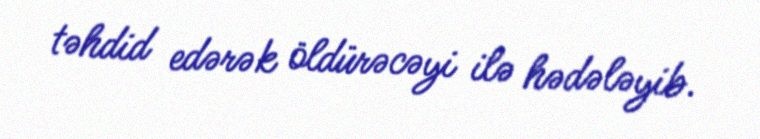
təhdid edərək öldürəcəyi ilə hədələyib.